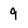
Character: 9